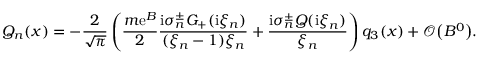
Q _ { n } ( x ) = - \frac { 2 } { \sqrt { \pi } } \left( \frac { m \mathrm { e } ^ { B } } { 2 } \frac { \mathrm { i } \sigma _ { n } ^ { \pm } G _ { + } ( \mathrm { i } \xi _ { n } ) } { ( \xi _ { n } - 1 ) \xi _ { n } } + \frac { \mathrm { i } \sigma _ { n } ^ { \pm } Q ( \mathrm { i } \xi _ { n } ) } { \xi _ { n } } \right) q _ { 3 } ( x ) + \mathcal { O } \bigl ( B ^ { 0 } \bigr ) .